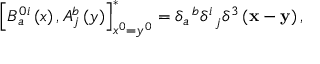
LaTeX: \left[ B _ { a } ^ { 0 i } \left( x \right) , A _ { j } ^ { b } \left( y \right) \right] _ { x ^ { 0 } = y ^ { 0 } } ^ { * } = \delta _ { a } ^ { \; \; b } \delta _ { \; \; j } ^ { i } \delta ^ { 3 } \left( { \bf x } - { \bf y } \right) ,